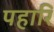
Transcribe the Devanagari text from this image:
पहारि